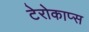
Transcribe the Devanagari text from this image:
टेरोकाप्स